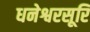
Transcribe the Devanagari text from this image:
धनेश्वरसूरि